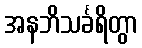
အနဘိသင်္ခရိတွာ